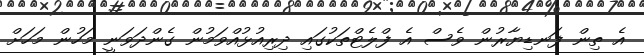
އެ ތިން ފަނޑިޔާރުން ވެސް އެ ފްލެޓްތަކުގައި ދިރިއުޅުއްވަމުން ގެންދަވަނީ މަހުން މަހަށް